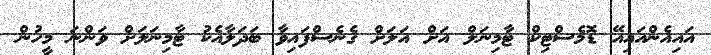
އައިއެންއައިއޭ ޑޮމެސްޓިކް ޓާމިނަލް އަށް އަލަށް ގެނެސްފައިވާ ބަދަލާއެކު ޓާމިނަލަށް ވަންނަ މީހުން